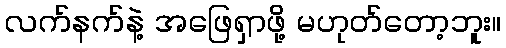
လက်နက်နဲ့ အဖြေရှာဖို့ မဟုတ်တော့ဘူး။